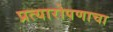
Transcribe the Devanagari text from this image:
प्रत्यारोपणाचा